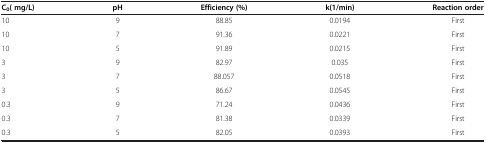
| C0( mg/L) | pH | Efficiency (%) | k(1/min) | Reaction order |
 | --- | --- | --- | --- | --- |
 | 10 | 9 | 88.85 | 0.0194 | First |
 | 10 | 7 | 91.36 | 0.0221 | First |
 | 10 | 5 | 91.89 | 0.0215 | First |
 | 3 | 9 | 82.97 | 0.035 | First |
 | 3 | 7 | 88.057 | 0.0518 | First |
 | 3 | 5 | 86.67 | 0.0545 | First |
 | 0.3 | 9 | 71.24 | 0.0436 | First |
 | 0.3 | 7 | 81.38 | 0.0339 | First |
 | 0.3 | 5 | 82.05 | 0.0393 | First |